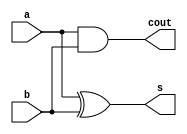
/*
    credit to Andrew and Kartikey
	 
	 Twos Complement to Binary Sign Magnitude
*/

module halfADDER (s, cout, a, b);
    input a, b;
    output s, cout;
    and (cout, a, b);
    xor (s, a, b);
endmodule

module twoSIGN #(parameter N = 8) (
        input [N-1:0] A,
        output [N-1:0] B
    );
    wire [N:0] ha;
    assign ha[0] = A[N-1];

    genvar i;
    generate
        for(i=0; i<N; i=i+1)
        begin: twosFor
            halfADDER halfADDER_inst1 (
                    .s(B[i]) , // output s_sig
                    .cout(ha[i+1]) , // output cout_sig
                    .a((A[i])^(A[N-1])) , // input a_sig
                    .b(ha[i]) // input b_sig
                );
        end
    endgenerate
endmodule